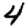
Digit: 4